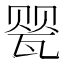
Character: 𰢤